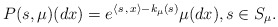
\begin{align*} P(s,\mu)(dx)= e^{\langle s \,,\, x\rangle-k_{\mu}(s)}\mu(d x), s\in S_{\mu}.\end{align*}